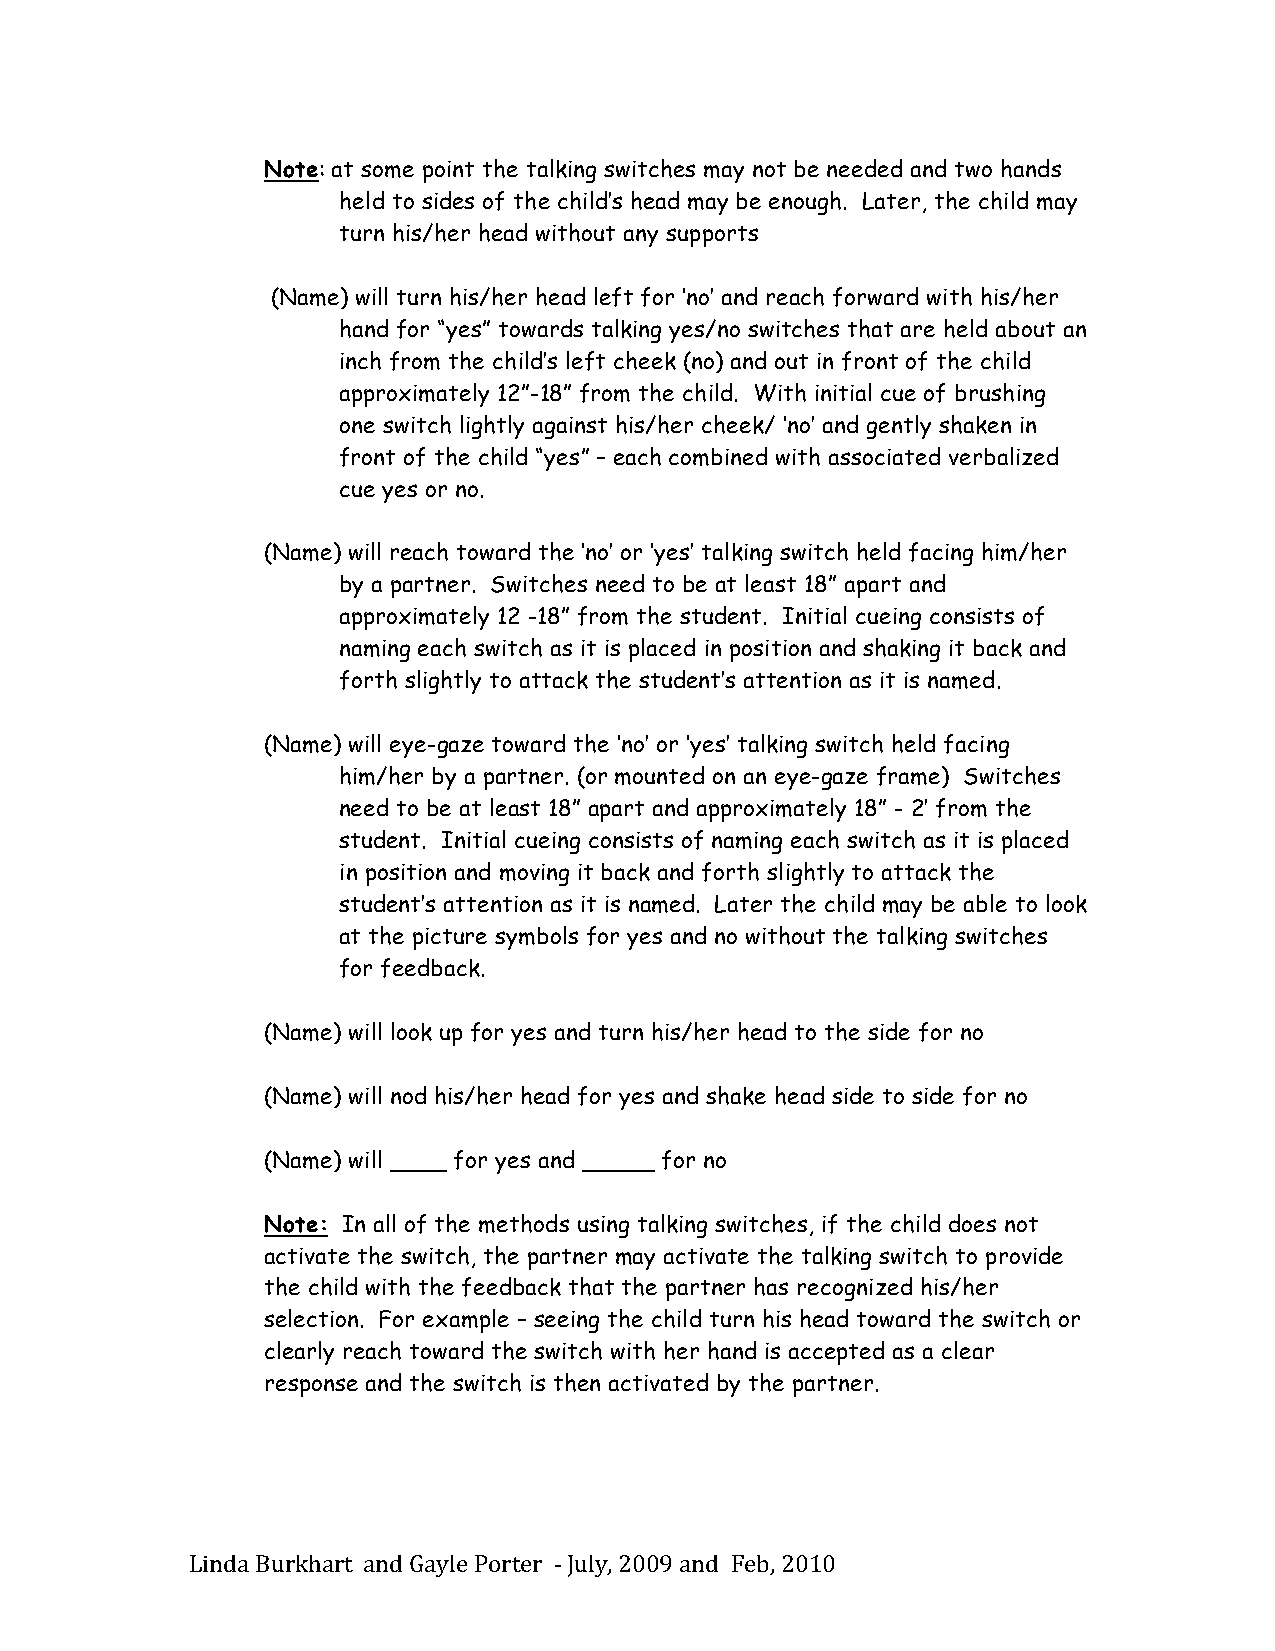
Note: at some point the talking switches may not be needed and two hands
 held to sides of the child’s head may be enough. Later, the child may
 turn his/her head without any supports
 (Name) will turn his/her head left for ‘no’ and reach forward with his/her
 hand for “yes” towards talking yes/no switches that are held about an
 inch from the child’s left cheek (no) and out in front of the child
 approximately 12”-18” from the child. With initial cue of brushing
 one switch lightly against his/her cheek/ ‘no’ and gently shaken in
 front of the child “yes” – each combined with associated verbalized
 cue yes or no.
 (Name) will reach toward the ‘no’ or ‘yes’ talking switch held facing him/her
 by a partner. Switches need to be at least 18” apart and
 approximately 12 -18” from the student. Initial cueing consists of
 naming each switch as it is placed in position and shaking it back and
 forth slightly to attack the student’s attention as it is named.
 (Name) will eye-gaze toward the ‘no’ or ‘yes’ talking switch held facing
 him/her by a partner. (or mounted on an eye-gaze frame) Switches
 need to be at least 18” apart and approximately 18” - 2’ from the
 student. Initial cueing consists of naming each switch as it is placed
 in position and moving it back and forth slightly to attack the
 student’s attention as it is named. Later the child may be able to look
 at the picture symbols for yes and no without the talking switches
 for feedback.
 (Name) will look up for yes and turn his/her head to the side for no
 (Name) will nod his/her head for yes and shake head side to side for no
 (Name) will ____ for yes and _____ for no
 Note: In all of the methods using talking switches, if the child does not
 activate the switch, the partner may activate the talking switch to provide
 the child with the feedback that the partner has recognized his/her
 selection. For example – seeing the child turn his head toward the switch or
 clearly reach toward the switch with her hand is accepted as a clear
 response and the switch is then activated by the partner.
 Linda Burkhart and Gayle Porter -­‐‑ July, 2009 and Feb, 2010